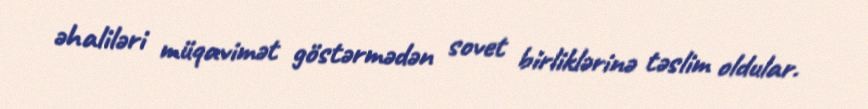
əhaliləri müqavimət göstərmədən sovet birliklərinə təslim oldular.